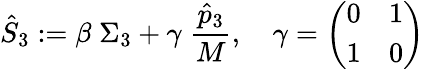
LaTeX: \hat{S}_{3}:=\beta\; \Sigma_{3}+\gamma\; {\frac{\hat{p}_{3}}{M}},\quad\gamma=\left(\begin{array}{ll}{{0}}&{{1}}\\ {{1}}&{{0}}\end{array}\right)